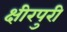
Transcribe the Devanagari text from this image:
क्षीरपुरी